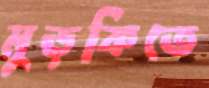
মুড়কিতে